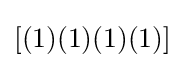
[(1)(1)(1)(1)]